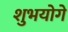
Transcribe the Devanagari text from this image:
शुभयोगे